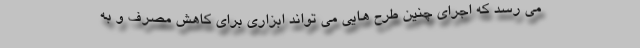
می رسد که اجرای چنین طرح هایی می تواند ابزاری برای کاهش مصرف و به